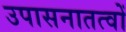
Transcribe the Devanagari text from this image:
उपासनातत्वों